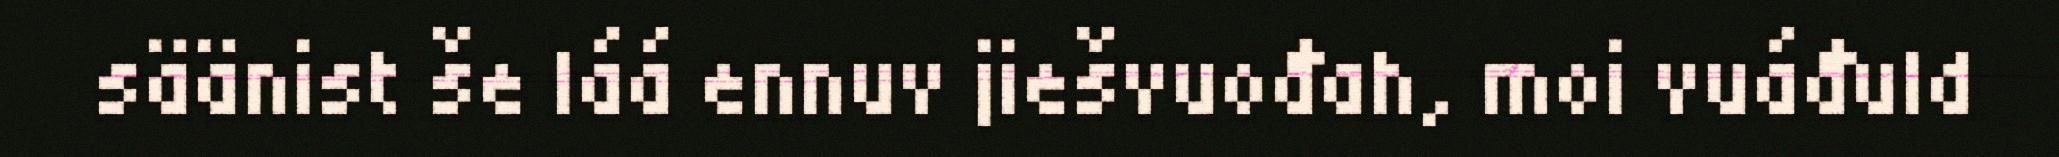
säänist še láá ennuv jiešvuođah, moi vuáđuld